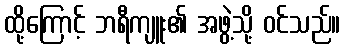
ထို့ကြောင့် ဘရီကျူး၏ အဖွဲ့သို့ ဝင်သည်။